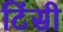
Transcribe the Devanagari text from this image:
टिंसी